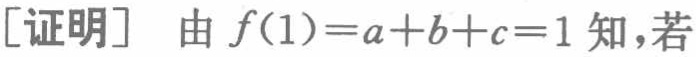
[证明] 由 \(f(1)=a + b + c = 1\) 知，若